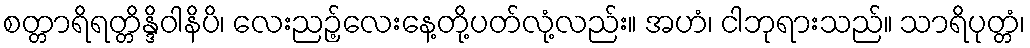
စတ္တာရိရတ္တိန္ဒိဝါနိပိ၊ လေးညဉ့်လေးနေ့တို့ပတ်လုံ့လည်း။ အဟံ၊ ငါဘုရားသည်။ သာရိပုတ္တံ၊